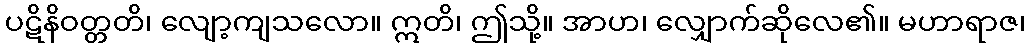
ပဋိနိဝတ္တတိ၊ လျော့ကျသလော။ ဣတိ၊ ဤသို့။ အာဟ၊ လျှောက်ဆိုလေ၏။ မဟာရာဇ၊